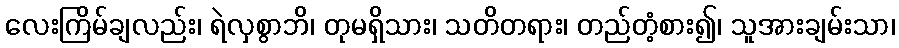
လေးကြိမ်ချလည်း၊ ရဲလှစွာဘိ၊ တုမရှိသား၊ သတိတရား၊ တည်တံ့စား၍၊ သူအားချမ်းသာ၊